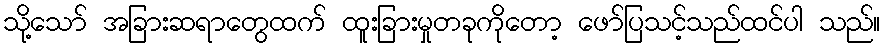
သို့သော် အခြားဆရာတွေထက် ထူးခြားမှုတခုကိုတော့ ဖော်ပြသင့်သည်ထင်ပါ သည်။